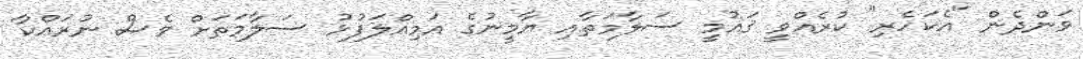
ވަންދެން "އެކަހެރި" ކުރެއްވީ ޤައުމީ ސަލާމަތާއި ޔާމީނުގެ އަމިއްލަފުޅު ސަލާމަތަށް ވެސް ނުރައްކާ